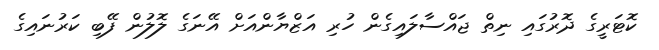
ކޮޓަރީގެ ދޮރުގައި ނިތް ޖައްސާލައިގެން ހުރި އަޒްޔާންއަށް އޭނަގެ ލޮލުން ފޭބި ކަރުނައިގެ